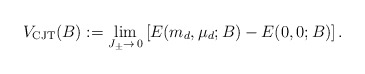
\begin{align*}V_{\rm CJT}(B) := \lim_{J_\pm \to\,0} \left[ E(m_d, \mu_d;B) -E(0,0;B) \right]. \end{align*}